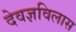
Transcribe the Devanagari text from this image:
देवज्ञविलास